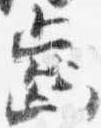
歯